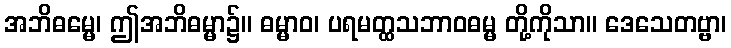
အဘိဓမ္မေ၊ ဤအဘိဓမ္မာ၌။ ဓမ္မာဝ၊ ပရမတ္ထသဘာဝဓမ္မ တို့ကိုသာ။ ဒေသေတဗ္ဗာ၊